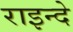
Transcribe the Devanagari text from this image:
राइन्दे